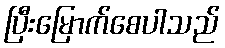
ပြီးမြောက်စေပါသည်